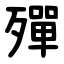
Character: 殫